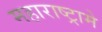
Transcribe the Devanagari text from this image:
महाराष्ट्रामे